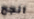
انجح